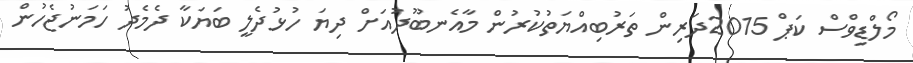
މޯލްޑިވްސް ކަޕް 2015ދަރިން ތަރުބިއްޔަތުކުރުން މާއެނބޫދުއަށް ދިޔަ ހުޅުދެލީ ބަޔަކާ ދެމެދު ހަމަނުޖެހުން